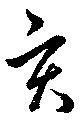
亥